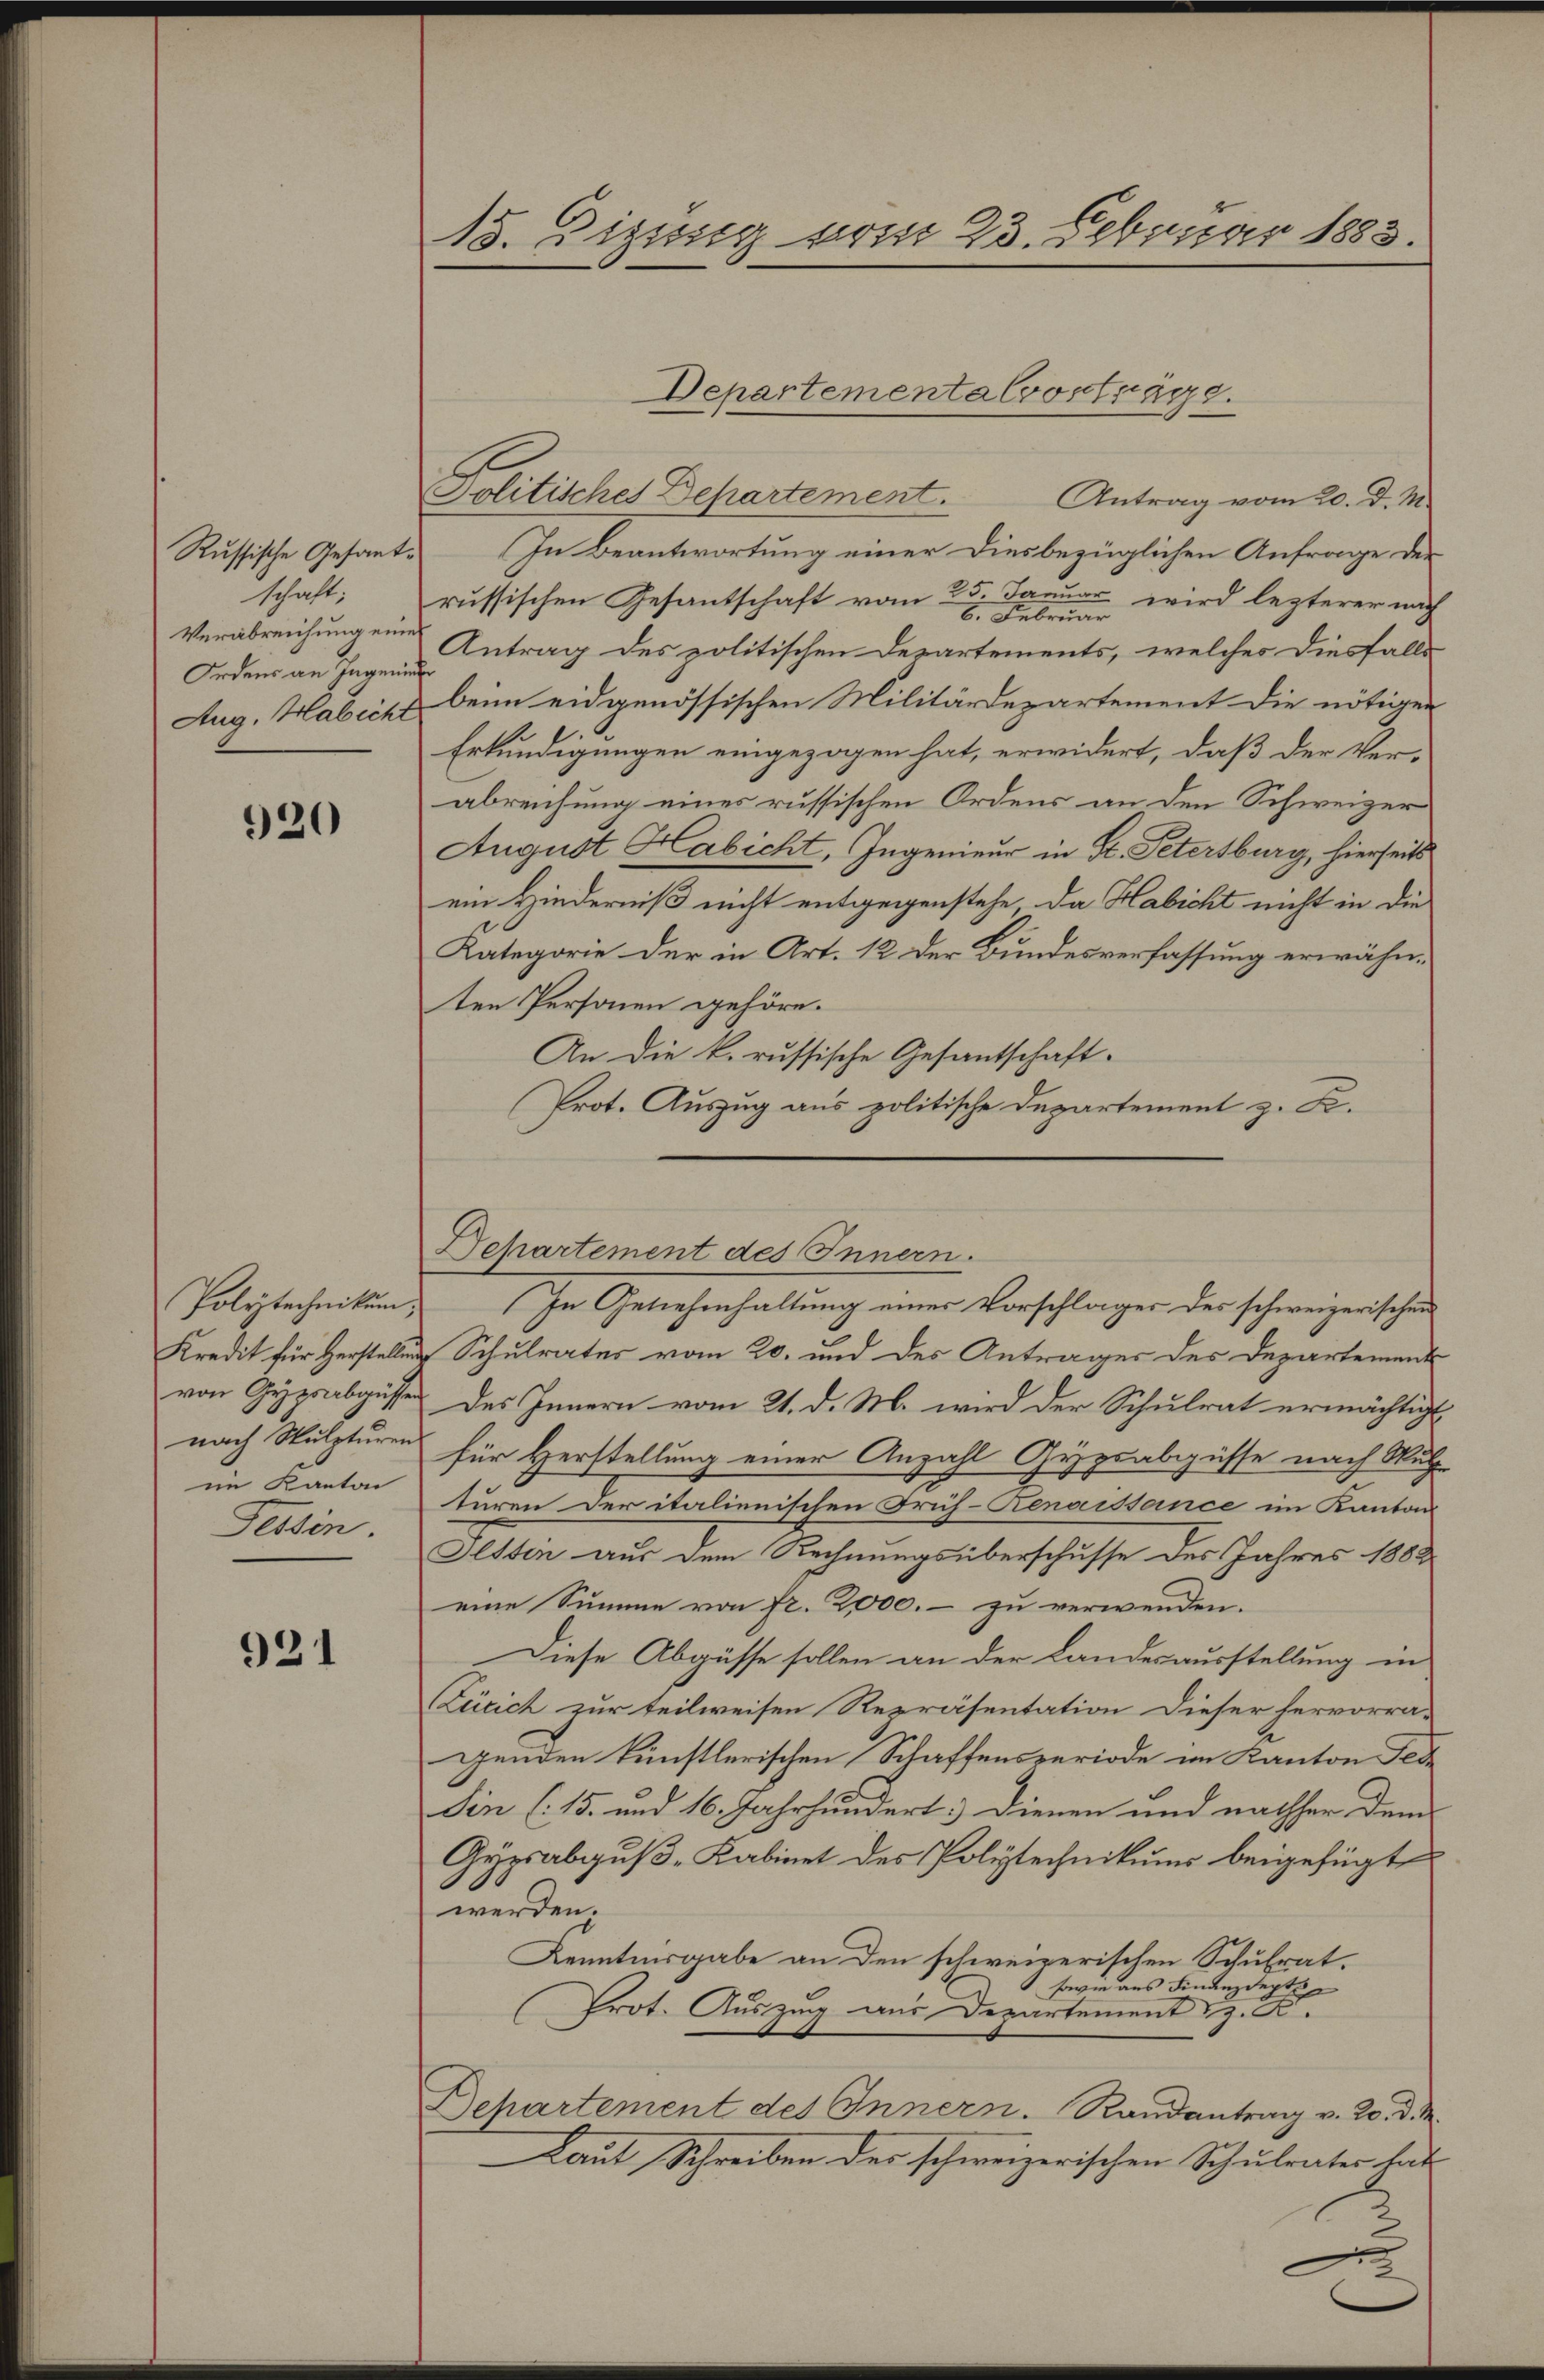
Russische Gesantschaft;
Verabreichung ein
Ordens an Ingene
Aug. Habicht

920

Polytechnikum,
Kredit für Herstellung
von Gypsabgüssen
nach Wulpturen
im Kanton
Tessin.

921

15. Dizung vom 23. Februar 1883.

Departementalvorträge.

Politisches Departement.
Antrag vom 20. d. M.
In Beantwortung einer Diesbezüglichen Anfrage der
russischen Gesantschaft vom 25. Januar, wird lezterer nach
6. Februar
Antrag des politischen Departements, welches diesfalls
beim eidgenössischen Militärdepartement die nötigen
Erkundigungen eingezogen hat, erwidert, daß der Ver-
abreichung eines russischen Ordens an den Schweizer
August Habicht, Ingenieur in St. Petersburg, hierseits
ein Hinderniß nicht entgegenstehe, da Habicht nicht in die
Kategorie der in Art. 12 der Bundesverfassung erwähnten Personen gehöre.
An die k. russische Gesantschaft.
Prot. Auszug aus politische Departement z. B.
Schulrates vom 20. und des Antrages des Departement
des Innern vom 21. d. M. wird der Schulrat ermächtigt
für Herstellung einer Anzahl Gypsabgüsse nach Mutz
turen der italienischen Früh-Renaissance im Kantons
Oltten aus dem Rechnungsüberschusse des Jahres 1882
eine Summe von fr. 2,000.- zu verwenden.
Diese Abgüsse sollen an der Landesausstellung in
Zürich zur teilweisen Repräsentation dieser hervorra-
genden künstlerischen Schaffensperiode im Kanton Fede
Sin (15. und 16. Jahrhundert: Dienen und nachher dem
Gypsabguß-Kabinet des Polytechnikums beigefügt
werden.
Kenntnisgabe an den schweizerischen Schulrat.
sowie aus Finanzdept
Prot. Auszing aus Departement z. B.
Departement des Innern. Randantrag v. 20. d. M.
Laut Schreiben der schweizerischen Schulrater hat

Departement des Innern.
In Geliehenhaltung eines Vorschlages des schweizerischen